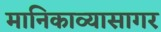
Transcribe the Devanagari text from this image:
मानिकाव्यासागर